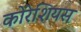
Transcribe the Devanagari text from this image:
कोरेशियस